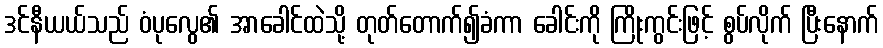
ဒင်နီယယ်သည် ဝံပုလွေ၏ အာခေါင်ထဲသို့ တုတ်တောက်၍ခံကာ ခေါင်းကို ကြိုးကွင်းဖြင့် စွပ်လိုက် ပြီးနောက်